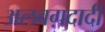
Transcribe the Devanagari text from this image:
अलबग़दादी